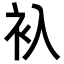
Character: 𬡂